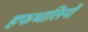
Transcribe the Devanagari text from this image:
हफथालियों